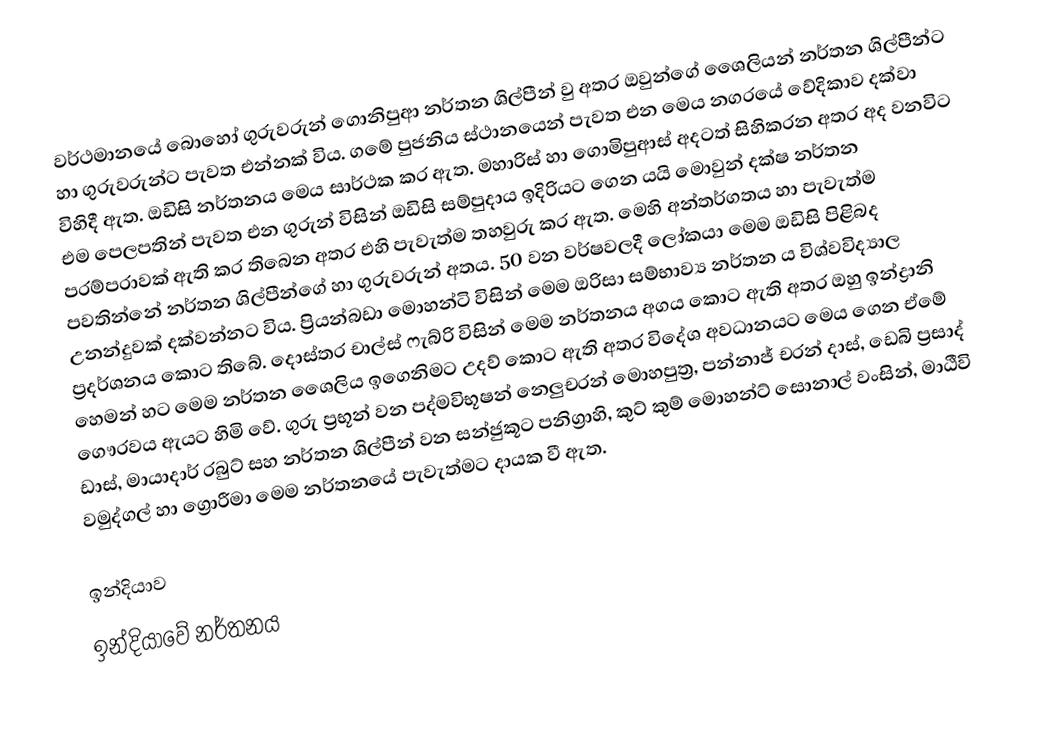
වර්ථමානයේ බොහෝ ගුරුවරුන් ගොනිපුආ නර්තන ශිල්පීන් වු අතර ඔවුන්ගේ ශෛලියන් නර්තන ශිල්පීන්ට  හා ගුරුවරුන්ට පැවත එන්නක් විය. ගමේ පුජනිය ස්ථානයෙන් පැවත එන මෙය නගරයේ වේදිකාව දක්වා විහිදී ඇත. ඔඩිසි නර්තනය මෙය සාර්ථක කර ඇත. මහාරිස් හා ගොමිපුආස් අදටත් සිහිකරන අතර අද වනවිට එම පෙලපතින්  පැවත ‍එන ගුරුන් විසින් ඔඩිසි සම්පුදාය ඉදිරියට ගෙන යයි ‍මොවුන්  දක්ෂ නර්තන පරම්පරාවක් ඇති කර තිබෙන අතර එහි පැවැත්ම තහවුරු කර ඇත. මෙහි අන්තර්ගතය හා පැවැත්ම පවතින්නේ නර්තන ශිල්පීන්ගේ හා ගුරුවරුන් අතය. 50 වන වර්ෂවලදී ලෝකයා මෙම ඔඩිසි පිළිබද උනන්දුවක් දක්වන්නට විය. ප්‍රියන්බඩා මොහන්ටි විසින් මෙම ඔරිසා සම්භාව්‍ය නර්තන ය විශ්වවිද්‍යාල ප්‍රදර්ශනය කොට තිබේ. දොස්තර චාල්ස් ෆැබ්රි විසින් මෙම නර්තනය අගය කොට ඇති අතර ඔහු ඉන්ද්‍රානි හෙමන් හට  මෙම නර්තන  ශෛලිය ඉගෙනිමට උදව් කොට ඇති අතර විදේශ අවධානයට මෙය ගෙන ඒමේ ගෞරවය  ඇය‍ට හිමි වේ.  ගුරු ප්‍රභූන් වන පද්මවිභූෂන් නෙලුචරන් මොහපුත්‍ර, පන්නාජ් චරන් දාස්, ඩෙබි ප්‍රසාද් ‍ඩාස්, මායාදාර් රබුට් සහ නර්තන ශිල්පීන් වන සන්ජුකූට පනිග්‍රාහි, කුට් කුම් මොහන්ට් සොනාල් වංසින්, මාඨීවි වමුද්ගල් හා‍ ග්‍රොරීමා මෙම නර්තනයේ පැවැත්මට දායක වී ඇත.

ඉන්දියාව
ඉන්දියාවේ නර්තනය